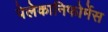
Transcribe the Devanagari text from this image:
पेलेकानिफोर्मेस